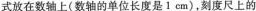
式放在数轴上\begin{pmatrix} 数轴的单位长度是1cm \end{pmatrix} ,刻度尺上的